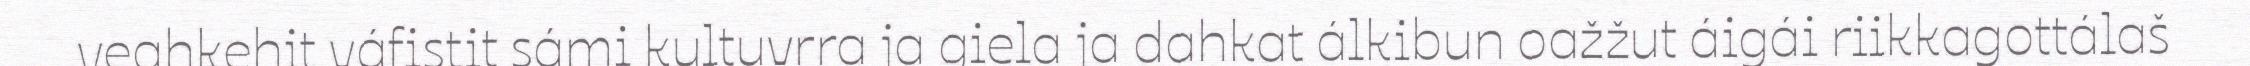
veahkehit váfistit sámi kultuvrra ja giela ja dahkat álkibun oažžut áigái riikkagottálaš